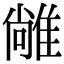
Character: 𨿰